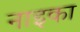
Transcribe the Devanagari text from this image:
नाइका